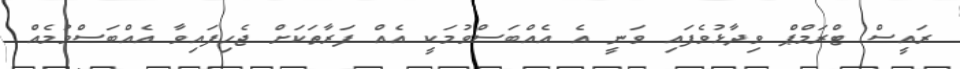
ރައީސް ޓްރަމްޕް ވިދާޅުވެފައި ވަނީ އެ އެއްބަސްވުމަކީ އެއް ފަރާތަކަށް ޖެހިފައިވާ އެއްބަސްވުމެއް